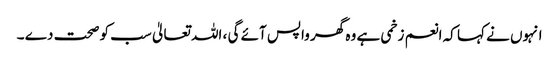
انہوں نے کہا کہ انعم زخمی ہے وہ گھر واپس آئے گی ، اللہ تعالیٰ سب کو صحت دے ۔